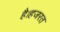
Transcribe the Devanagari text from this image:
है।हजरत